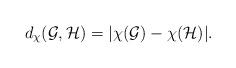
LaTeX: \begin{align*} d_{\chi}(\mathcal{G},\mathcal{H})=|\chi(\mathcal{G})-\chi(\mathcal{H})|.\end{align*}